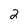
Character: 2